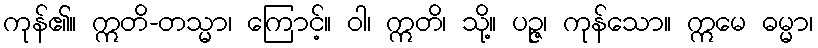
ကုန်၏။ ဣတိ-တသ္မာ၊ ကြောင့်။ ဝါ၊ ဣတိ၊ သို့။ ပဉ္ဇ၊ ကုန်သော။ ဣမေ ဓမ္မာ၊